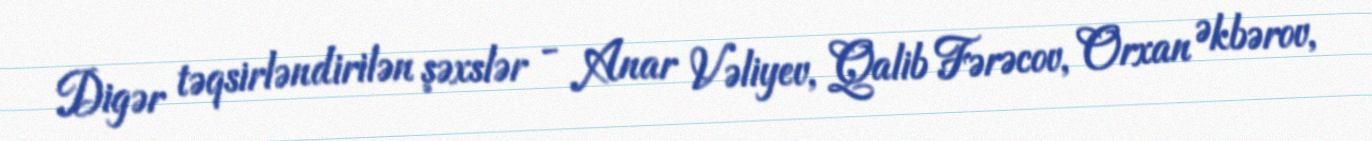
Digər təqsirləndirilən şəxslər - Anar Vəliyev, Qalib Fərəcov, Orxan Əkbərov,